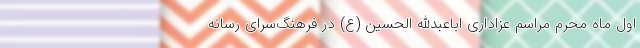
اول ماه محرم مراسم عزاداری اباعبدالله الحسین (ع) در فرهنگ‌سرای رسانه